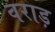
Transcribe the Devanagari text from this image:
वराड़